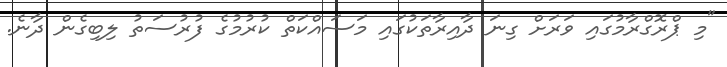
"މި ޕްރޮގްރާމުގައި ވަރަށް ގިނަ ދާއިރާތަކުގައި މަސައްކަތް ކުރުމުގެ ފުރުސަތު ލިބިގެން ދާނެ.